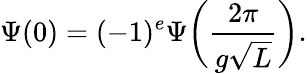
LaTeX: \Psi(0)=(-1)^{e}\Psi\bigg(\frac{2\pi}{g\sqrt L}\bigg).